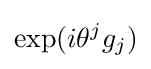
\mathrm {exp} (i\theta ^{j}g_{j})